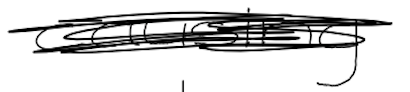
Text: causing
Cross-out: mix
Writing tool: digital_black